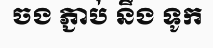
ចង ភ្ជាប់ នឹង ទូក